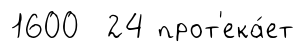
1600 24 прот'ека́ет